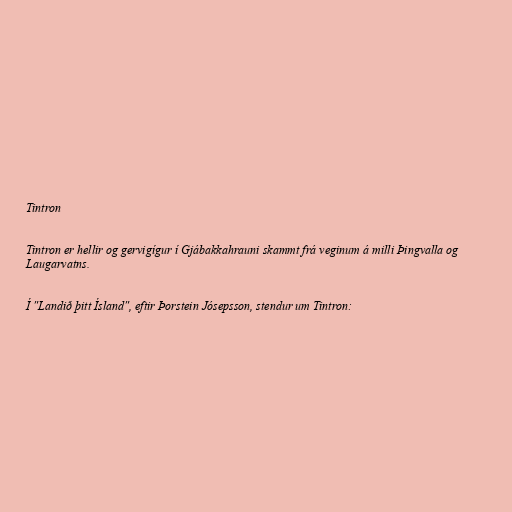
Tintron

Tintron er hellir og gervigígur í Gjábakkahrauni skammt frá veginum á milli Þingvalla og
Laugarvatns.

Í "Landið þitt Ísland", eftir Þorstein Jósepsson, stendur um Tintron: